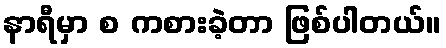
နာရီမှာ စ ကစားခဲ့တာ ဖြစ်ပါတယ်။